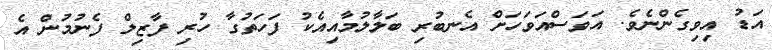
އަޑު އިވިގެންނެވެ. އަވަސްއަވަހަށް އެނބުރި ބަލާލުމާއިއެކު ފަހަތުގާ ހުރި ފާޒިލް ފެނުމުން އެ